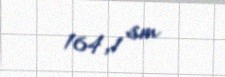
164,1 sm